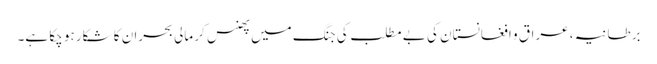
برطانیہ ، عراق و افغانستان کی بے مطلب کی جنگ میں پھنس کر مالی بحران کا شکار ہو چکا ہے۔